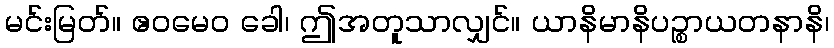
မင်းမြတ်။ ဧဝမေဝ ခေါ၊ ဤအတူသာလျှင်။ ယာနိမာနိပဉ္စာယတနာနိ၊